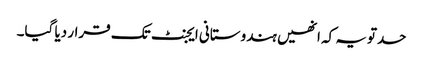
حدتویہ کہ انھیں ہندوستانی ایجنٹ تک قرار دیا گیا۔